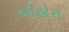
બીહોરા